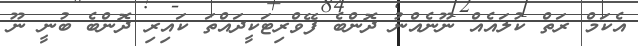
އެކަމް ރަތް ކުލައެއް ނޫނެއްނު ދޮންބެ ފޭވްރިޓަކީދައްތަ ކައިރި ދޮންބެ ބުނީ ނޫ